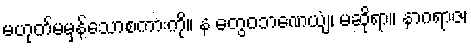
မဟုတ်မမှန်သောစကားကို။ န တွေဝဘဏေယျံ၊ မဆိုရာ။ နာဂရာဇ၊